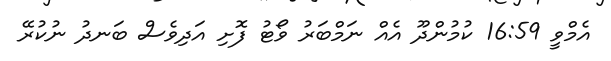
އެމްވީ 16:59 ކުމުންދޫ އެއް ނަމްބަރު ވޯޓު ފޮށި އަދިވެސް ބަނދު ނުކުރޭ